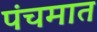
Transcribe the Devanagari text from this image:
पंचमात